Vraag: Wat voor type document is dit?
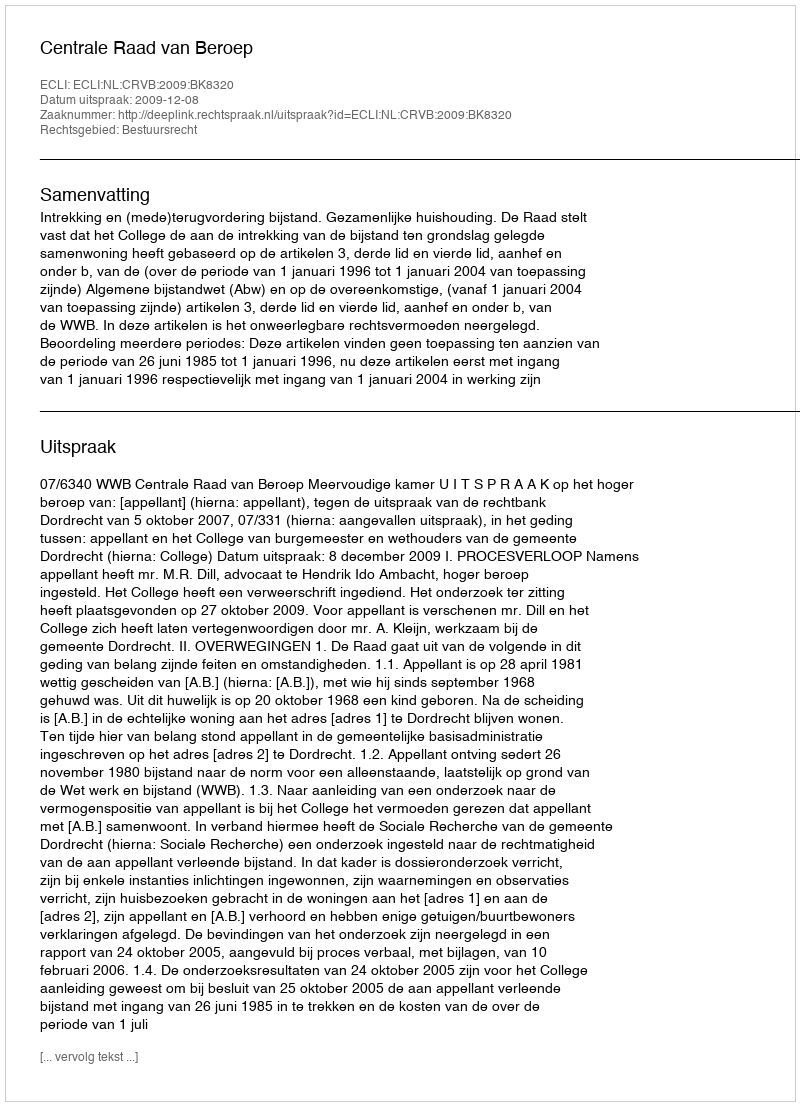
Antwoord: Uitspraak